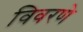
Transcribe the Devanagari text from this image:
विवरणे